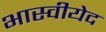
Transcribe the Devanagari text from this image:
भास्वीयेद